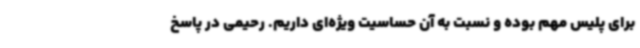
برای پلیس مهم بوده و نسبت به آن حساسیت ویژه‌ای داریم. رحیمی در پاسخ